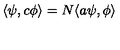
\langle \psi , c \phi \rangle = N \langle a \psi , \phi \rangle